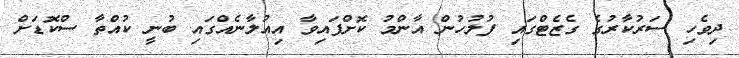
ދިވެހި ސަރުކާރުގެ ގެޒެޓްގައި ފުލުހުން އާންމު ކޮށްފައިވާ އިއުލާނެއްގައި ބުނީ ކުއްތާ ސްކޮޑަށް